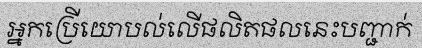
អ្នកប្រើយោបល់លើផលិតផលនេះបញ្ជាក់